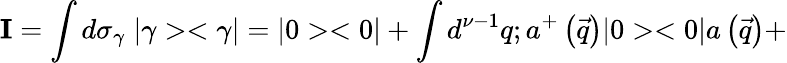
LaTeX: {\mathbf I}=\int d{\sigma}_{\gamma}\; |\gamma><\gamma|=|0><0|+\int d^{\nu-1}q;a^{+}\left(\vec{q}\right)|0><0|a\left(\vec{q}\right)+